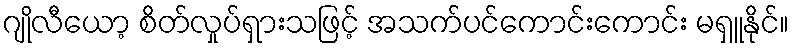
ဂျိုလီယော့ စိတ်လှုပ်ရှားသဖြင့် အသက်ပင်ကောင်းကောင်း မရှူနိုင်။